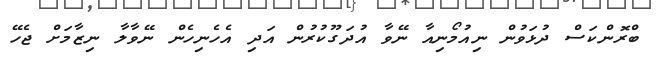
ބްރޮންކަސް ދުޅަވުން ނިއުމޯނިއާ ނޭވާ އުދަގޫކުރުން އަދި އެހެނިހެން ނޭވާލާ ނިޒާމަށް ޖެހޭ